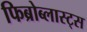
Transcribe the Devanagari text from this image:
फिब्रोब्लास्ट्स